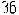
36